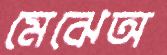
মেঝেঅ